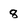
Character: 8